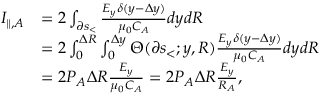
\begin{array} { r l } { I _ { \| , A } } & { = 2 \int _ { \partial s _ { < } } \frac { E _ { y } \delta ( y - \Delta y ) } { \mu _ { 0 } C _ { A } } d y d R } \\ & { = 2 \int _ { 0 } ^ { \Delta R } \int _ { 0 } ^ { \Delta y } \Theta ( \partial s _ { < } ; y , R ) \frac { E _ { y } \delta ( y - \Delta y ) } { \mu _ { 0 } C _ { A } } d y d R } \\ & { = 2 P _ { A } \Delta R \frac { E _ { y } } { \mu _ { 0 } C _ { A } } = 2 P _ { A } \Delta R \frac { E _ { y } } { R _ { A } } , } \end{array}